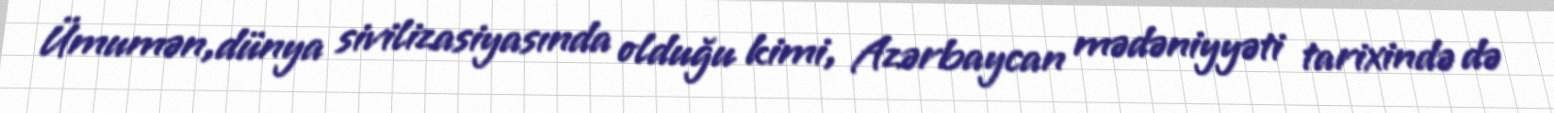
Ümumən,dünya sivilizasiyasında olduğu kimi, Azərbaycan mədəniyyəti tarixində də